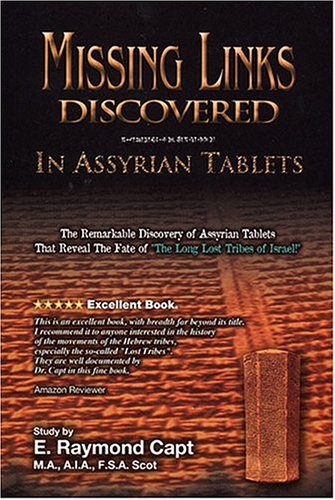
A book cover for Missing Links Discovered in Assyrian Tablets; E. Raymond Capt; History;